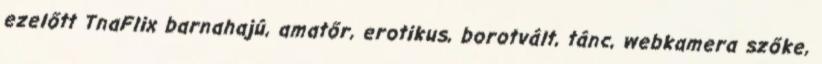
ezelőtt TnaFlix barnahajú, amatőr, erotikus, borotvált, tánc, webkamera szőke,